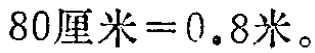
\(80厘米 = 0.8米。\)